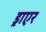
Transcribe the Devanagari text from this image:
ड्राएर